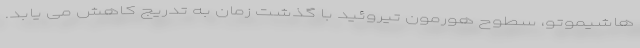
هاشیموتو، سطوح هورمون تیروئید با گذشت زمان به تدریج کاهش می یابد.